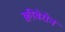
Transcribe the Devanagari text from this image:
क्वीबेरोन